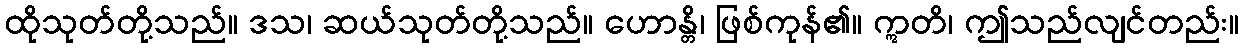
ထိုသုတ်တို့သည်။ ဒသ၊ ဆယ်သုတ်တို့သည်။ ဟောန္တိ၊ ဖြစ်ကုန်၏။ ဣတိ၊ ဤသည်လျင်တည်း။